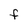
Character: F